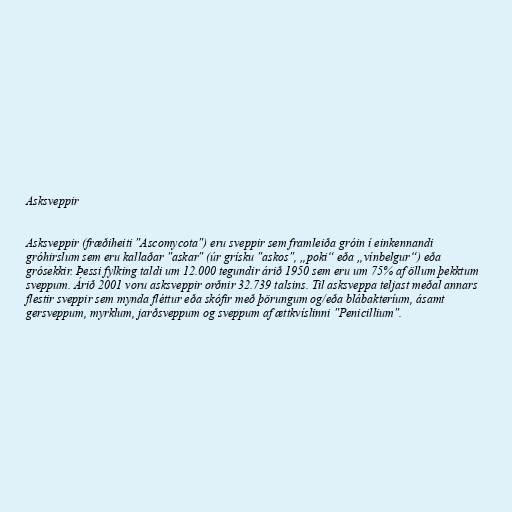
Asksveppir

Asksveppir (fræðiheiti "Ascomycota") eru sveppir sem framleiða gróin í einkennandi
gróhirslum sem eru kallaðar "askar" (úr grísku "askos", „poki“ eða „vínbelgur“) eða
grósekkir. Þessi fylking taldi um 12.000 tegundir árið 1950 sem eru um 75% af öllum þekktum
sveppum. Árið 2001 voru asksveppir orðnir 32.739 talsins. Til asksveppa teljast meðal annars
flestir sveppir sem mynda fléttur eða skófir með þörungum og/eða blábakteríum, ásamt
gersveppum, myrklum, jarðsveppum og sveppum af ættkvíslinni "Penicillium".